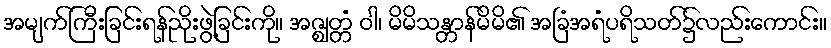
အမျက်ကြီးခြင်းရန်ညိုးဖွဲ့ခြင်းကို။ အဇ္ဈတ္တံ ဝါ၊ မိမိသန္တာန်မိမိ၏ အခြံအရံပရိသတ်၌လည်းကောင်း။